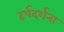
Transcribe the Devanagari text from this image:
हर्षदर्शना